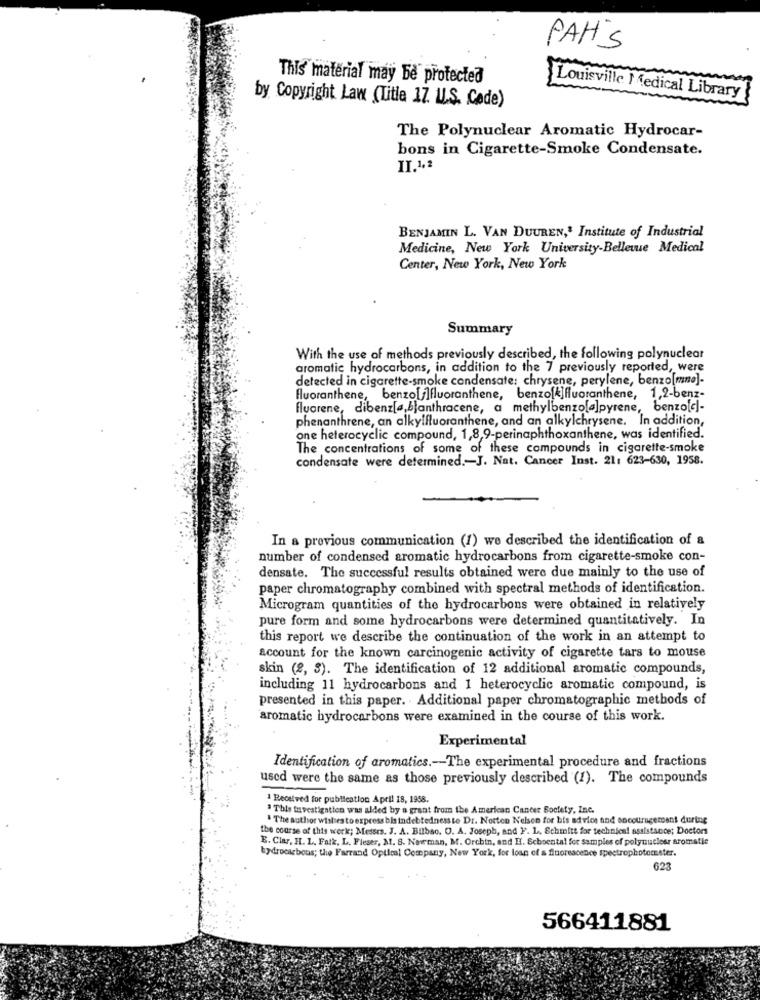
PAH'S
This material may be protected
by Copyright Law (Title 17. U.S. Cade)
Louisville Medical Library
The Polynuclear Aromatic Hydrocar-
bons in Cigarette-Smoke Condensate.
IT.1,2
BENJAMIN L. VAN DUUREN,' Institute of Industrial
Medicine, New York University-Bellevue Medical
Center, New York, New York
Summary
With the use of methods previously described, the following polynuclear
aromatic hydrocarbons, in addition to the 7 previously reported, were
detected in cigarette-smoke condensate: chrysene, perylene, benzo[mne]-
fluoranthene, benzo[i]fluoranthene, benzo[k]fluoranthene, 1,2-benz-
fluorene, dibenz[a,blanthracene, a methylbenzo[a]pyrene, benzo[c]-
phenanthrene, an alkylfluoranthene, and an alkylchrysene. In addition,
one heterocyclic compound, 1,8,9-perinaphthoxanthene, was identified.
The concentrations of some of these compounds in cigarette-smoke
condensate were determined .- J. Nat. Cancer Inst. 21: 623-630, 1958.
In a previous communication (1) we described the identification of &
number of condensed aromatic hydrocarbons from cigarette-smoke con-
densate. The successful results obtained were due mainly to the use of
paper chromatography combined with spectral methods of identification.
Microgram quantities of the hydrocarbons were obtained in relatively
pure form and some hydrocarbons were determined quantitatively. In
this report we describe the continuation of the work in an attempt to
account for the known carcinogenic activity of cigarette tars to mouse
skin (2, 3). The identification of 12 additional aromatic compounds,
including 11 hydrocarbons and 1 heterocyclic aromatic compound, is
presented in this paper. Additional paper chromatographic methods of
aromatic hydrocarbons were examined in the course of this work.
Experimental
Identification of aromatics .- The experimental procedure and fractions
used were the same as those previously described (1). The compounds
1 Received for publication April 18, 1958.
" This investigation was alded by a grant from the American Cancer Society, Inc.
. The author wishes to express bis indebtedness to Dr. Norton Nelsen for bis advice and encouragement during
the course of this work; Messrs. J. A. Bilbao. O. A. Joseph, and F. L ., Schmitt for technical assistance; Doctors
E. Clar, H. L. Falk, L. Fleser, M. B. Newman, M. Orchin, and II. Schoental for samples of polyuutlesr aromatie
hydrocarbons; the Farrand Optical Company, New York, for loan of a fluorescence spectrophotocester.
623
566411881